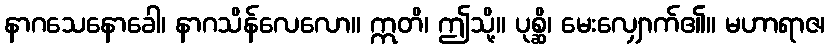
နာဂသေနောခေါ၊ နာဂသိန်လေလော။ ဣတိ၊ ဤသို့။ ပုစ္ဆိ၊ မေးလျှောက်၏။ မဟာရာဇ၊